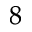
_ 8